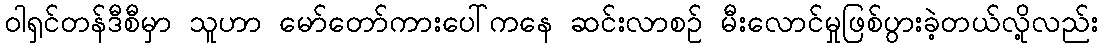
ဝါရှင်တန်ဒီစီမှာ သူဟာ မော်တော်ကားပေါ်ကနေ ဆင်းလာစဉ် မီးလောင်မှုဖြစ်ပွားခဲ့တယ်လို့လည်း